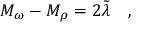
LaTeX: \quad M _ { \omega } - M _ { \rho } = 2 \tilde { \lambda } \quad ,